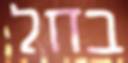
בחל